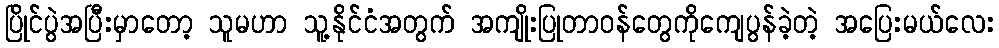
ပြိုင်ပွဲအပြီးမှာတော့ သူမဟာ သူ့နိုင်ငံအတွက် အကျိုးပြုတာဝန်တွေကိုကျေပွန်ခဲ့တဲ့ အပြေးမယ်လေး